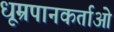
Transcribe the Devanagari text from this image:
धूम्रपानकर्ताओं